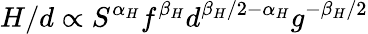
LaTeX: H/d\propto S^{\alpha_{H}}f^{\beta_{H}}d^{{\beta_{H}}/2-\alpha_{H}}g^{-{\beta_{H}}/2}